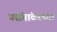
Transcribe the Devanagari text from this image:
प्रसंगांवरच्या